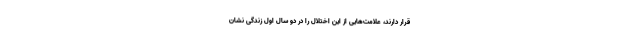
قرار دارند، علامت‌هایی از این اختلال را در دو سال اول زندگی‌ نشان